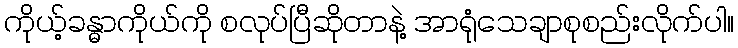
ကိုယ့်ခန္ဓာကိုယ်ကို စလုပ်ပြီဆိုတာနဲ့ အာရုံသေချာစုစည်းလိုက်ပါ။